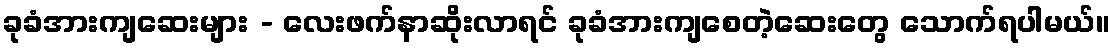
ခုခံအားကျဆေးများ - လေးဖက်နာဆိုးလာရင် ခုခံအားကျစေတဲ့ဆေးတွေ သောက်ရပါမယ်။